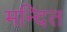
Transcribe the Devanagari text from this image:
मन्दित